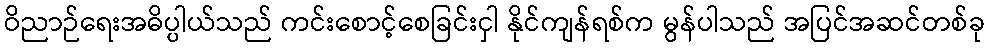
ဝိညာဉ်ရေးအဓိပ္ပါယ်သည် ကင်းစောင့်စေခြင်းငှါ နိုင်ကျန်ရစ်က မွန်ပါသည် အပြင်အဆင်တစ်ခု